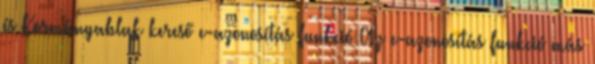
és Kormányablak kereső e-azonosítás funkció Az e-azonosítás funkció más